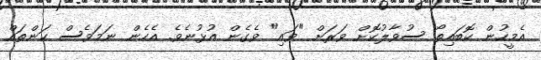
އެމީހުން ކޮބައިތޯ ސުވާލުކޮށް ވަރަށް "ވައި" ވެގެން އުޅުނެވެ. އެހެން ނަމަވެސް ކަންތައް